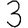
Digit: 3